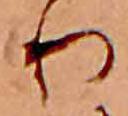
り